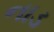
નાડ